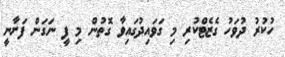
ހުކުރު ދުވަހު ގެޒެޓްކުރި މި ގަވައިދުގައިވާ ގޮތުން މި ފީ ނަގަން ފަށާނީ